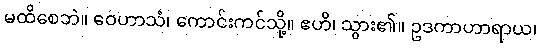
မထိစေဘဲ။ ဝေဟာသံ၊ ကောင်းကင်သို့။ ဧဟိ၊ သွား၏။ ဥဒကာဟာရာယ၊